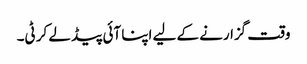
وقت گزارنے کے لیے اپنا آئی پیڈ لے کر ٹی۔